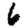
Digit: 6